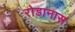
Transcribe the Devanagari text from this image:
रोडानास